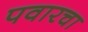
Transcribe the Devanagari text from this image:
पवारचा